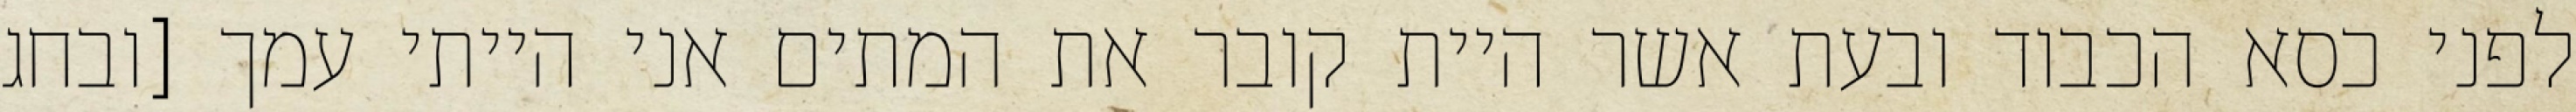
לפני כסא הכבוד ובעת אשר היית קובר את המתים אני הייתי עמך [ובחג